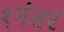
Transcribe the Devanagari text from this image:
१नंतर